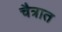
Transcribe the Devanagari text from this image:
चैत्रात